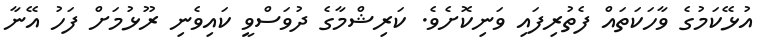
އުޅޭކަމުގެ ވާހަކަތައް ފެތުރިފައި ވަނިކޮށެވެ. ކަރިޝްމާގެ ދުވަސްވީ ކައިވެނި ރޫޅުމަށް ފަހު އޭނާ